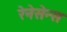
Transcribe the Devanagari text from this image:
रेनेसेन्स